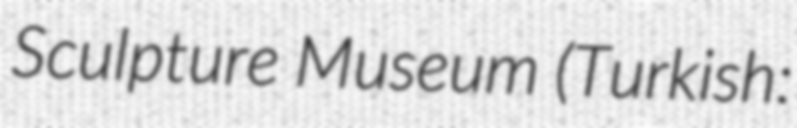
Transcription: Sculpture Museum (Turkish: